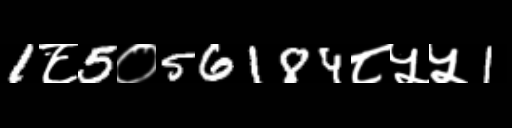
Text: 1८5०56184८५५1